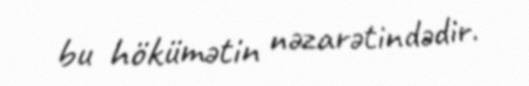
bu hökümətin nəzarətindədir.